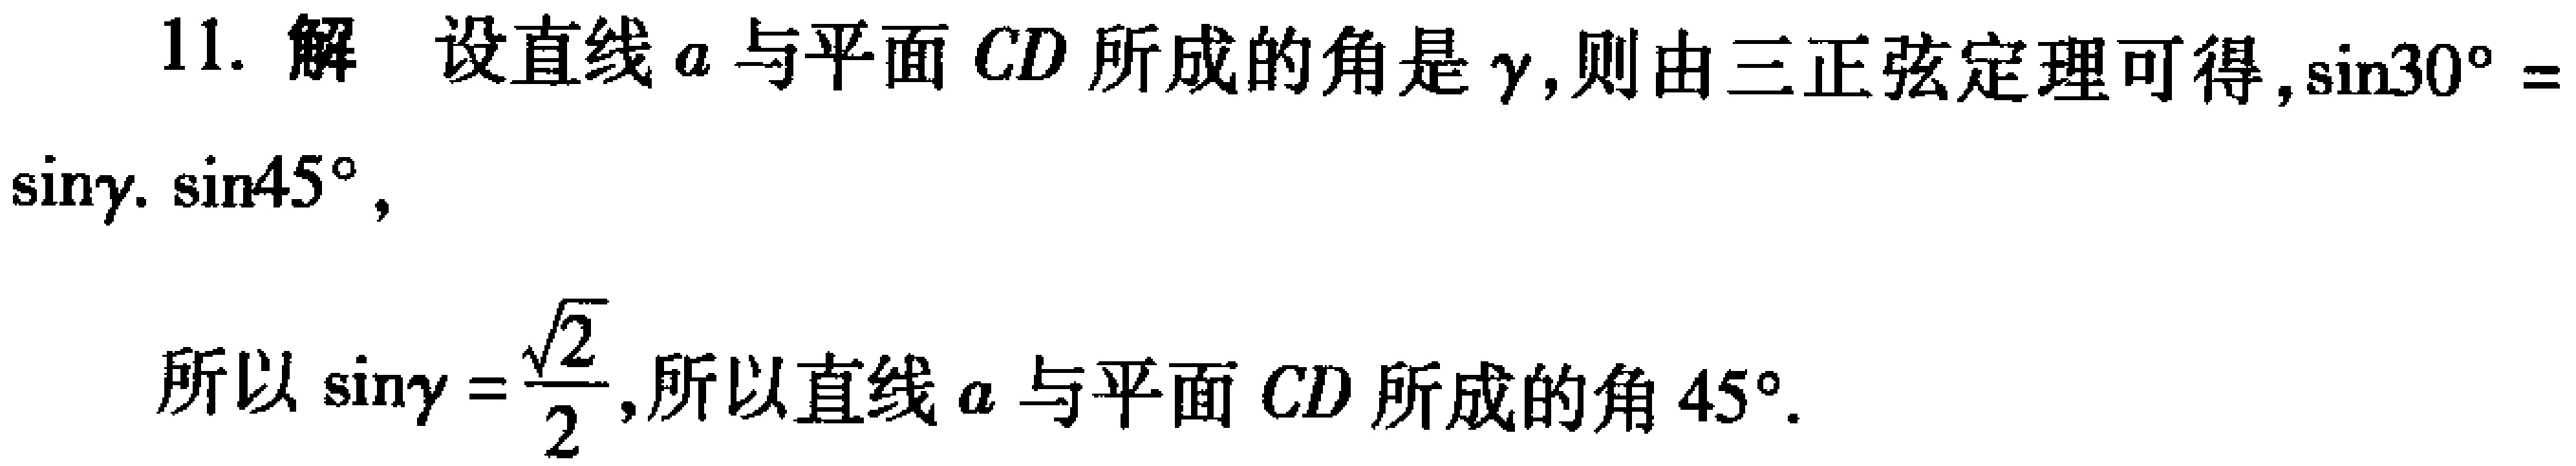
11. 解 设直线\(a\)与平面\(CD\)所成的角是\(\gamma\)，则由三正弦定理可得，\(\sin30^{\circ} = \sin\gamma\cdot\sin45^{\circ}\)，
所以\(\sin\gamma = \frac{\sqrt{2}}{2}\)，所以直线\(a\)与平面\(CD\)所成的角\(45^{\circ}\)。